Indian journal of veterinary science and animal husbandry - Volumes 18-21, 1948-1951
Year: 1948
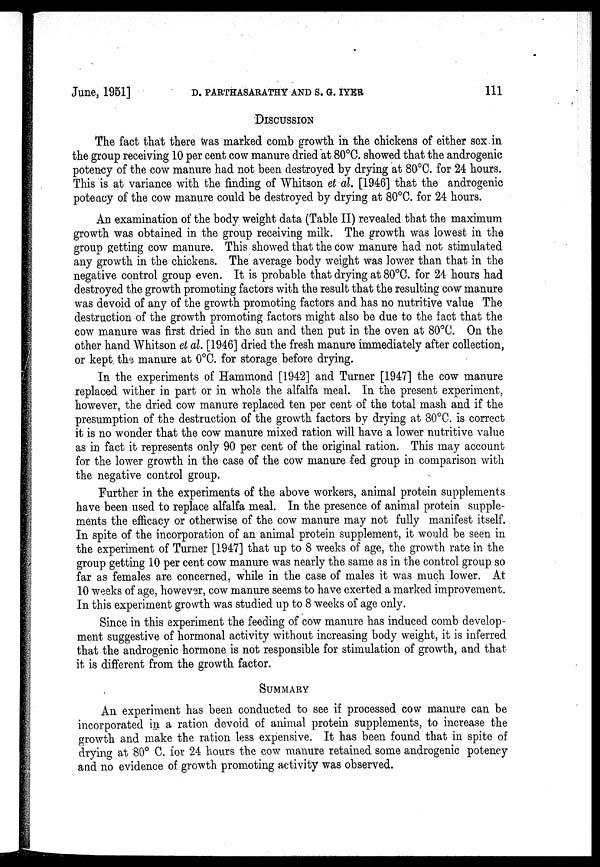
June, 1951]
D.
PARTHASARATHY
AND
S.
G.
IYEB
111
DISCUSSION
The fact that there was marked comb growth in the chickens of either sex.in
the group receiving 10 per cent cow manure dried at 80°C. showed that the androgenic
potency of the cow manure had not been destroyed by drying at 80°C. for 24 hours.
This is at variance with the finding of Whitson et al. [1946] that the androgenic
poteacy of the cow manure could be destroyed by drying at 80°C. for 24 hours.
An examination of the body weight data (Table II) revealed that the maximum
growth was obtained in the group receiving milk. The growth was lowest in the
group getting cow manure. This showed that the cow manure had not stimulated
any growth in the chickens. The average body weight was lower than that in the
negative control group even. It is probable that drying at 80°C. for 24 hours had
destroyed the growth promoting factors with the result that the resulting cow manure
was devoid of any of the growth promoting factors and has no nutritive value The
destruction of the growth promoting factors might also be due to the fact that the
cow manure was first dried in the sun and then put in the oven at 80°C. On the
other hand Whitson et al. [1946] dried the fresh manure immediately after collection,
or kept the manure at 0°C. for storage before drying.
In the experiments of Hammond [1942] and Turner [1947] the cow manure
replaced wither in part or in whole the alfalfa meal. In the present experiment,
however, the dried cow manure replaced ten per cent of the total mash and if the
presumption of the destruction of the growth factors by drying at 30°C. is correct
it is no wonder that the cow manure mixed ration will have a lower nutritive value
as in fact it represents only 90 per cent of the original ration. This may account
for the lower growth in the case of the cow manure fed group in comparison with
the negative control group.
Further in the experiments of the above workers, animal protein supplements
have been used to replace alfalfa meal. In the presence of animal protein supple-
ments the efficacy or otherwise of the cow manure may not fully manifest itself.
In spite of the incorporation of an animal protein supplement, it would be seen in
the experiment of Turner [1947] that up to 8 weeks of age, the growth rate in the
group getting 10 per cent cow manure was nearly the same as in the control group so
far as females are concerned, while in the case of males it was much lower. At
10 weeks of age, however, cow manure seems to have exerted a marked improvement.
In this experiment growth was studied up to 8 weeks of age only.
Since in this experiment the feeding of cow manure has induced comb develop-
ment suggestive of hormonal activity without increasing body weight, it is inferred
that the androgenic hormone is not responsible for stimulation of growth, and that
it is different from the growth factor.
SUMMARY
An experiment has been conducted to see if processed cow manure can be
incorporated in a ration devoid of animal protein supplements, to increase the
growth and make the ration less expensive. It has been found that in spite of
drying at 80° C. for 24 hours the cow manure retained some androgenic potency
and no evidence of growth promoting activity was observed.